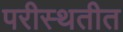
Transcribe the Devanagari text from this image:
परीस्थतीत